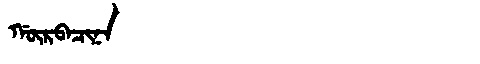
Manchu: ᡤᡡᡵᠪᠠᠴᡳᠨᠠ
Romanization: GŪRBACINA